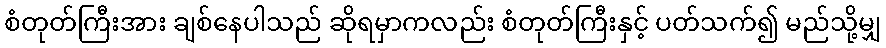
စံတုတ်ကြီးအား ချစ်နေပါသည် ဆိုရမှာကလည်း စံတုတ်ကြီးနှင့် ပတ်သက်၍ မည်သို့မျှ